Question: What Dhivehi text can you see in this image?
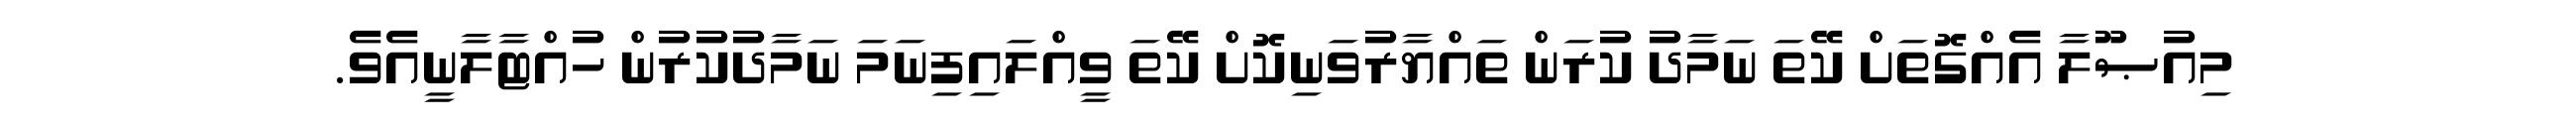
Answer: މިއުޞޫލާ އެއްގޮތަށް ކޭތަ ނަމާދު ކުރަން ތައްޔާރުވަނިކޮށް ކޭތަ ވީއްލައިފިނަމަ ނަމާދުކުރުން ހުއްޓާލާނީއެވެ.